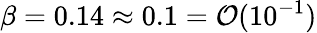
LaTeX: \beta=0.14\approx 0.1=\mathcal{O}(10^{-1})